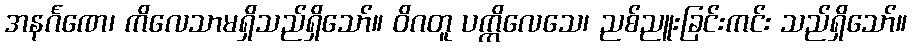
အနင်္ဂဏေ၊ ကိလေသာမရှိသည်ရှိသော်။ ဝိဂတူ ပက္ကိလေသေ၊ ညစ်ညူးခြင်းကင်း သည်ရှိသော်။